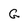
Character: G